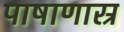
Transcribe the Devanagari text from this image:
पाषाणास्र